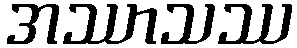
အဿာသဿ